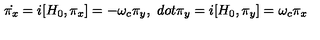
\dot { \pi _ { x } } = i [ H _ { 0 } , \pi _ { x } ] = - \omega _ { c } \pi _ { y } , \ d o t { \pi _ { y } } = i [ H _ { 0 } , \pi _ { y } ] = \omega _ { c } \pi _ { x }